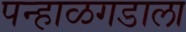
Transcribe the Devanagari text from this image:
पन्हाळगडाला